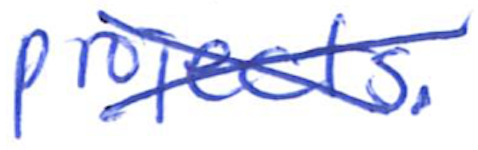
Text: projects.
Cross-out: cross
Writing tool: ballpoint